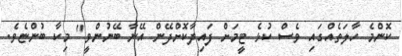
ކޮންމެ ހާލަތެއްގައި ވެސް ކުޅެ ޓީމަށް ފައިދާކޮށްދޭން އޭނާ ބޭނުންވީ" މިކާ ބުންޏެވެ.